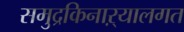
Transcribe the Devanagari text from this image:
समुद्रकिनाऱ्यालगत